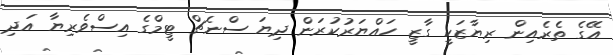
އޭގެ ތެރެއިން ރިޔާޒަކީ ގާޒީ ހައްޔަރުކުރަން ދިޔަ ސްނެޗް ޓީމްގެ އިސްވެރިޔާ އަދި